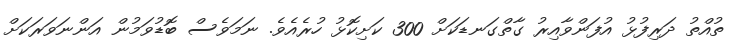
ތުއްތު ދަރިފުޅު އުފަންވާއިރު ގާތްގަނޑަކަށް 300 ކަށިކޮޅު ހުރެއެވެ. ނަމަވެސް ބޮޑުވަމުން އަންނަވަރަކަށް